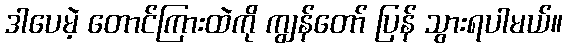
ဒါပေမဲ့ တောင်ကြားထဲကို ကျွန်တော် ပြန် သွားရပါမယ်။